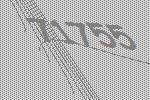
71755